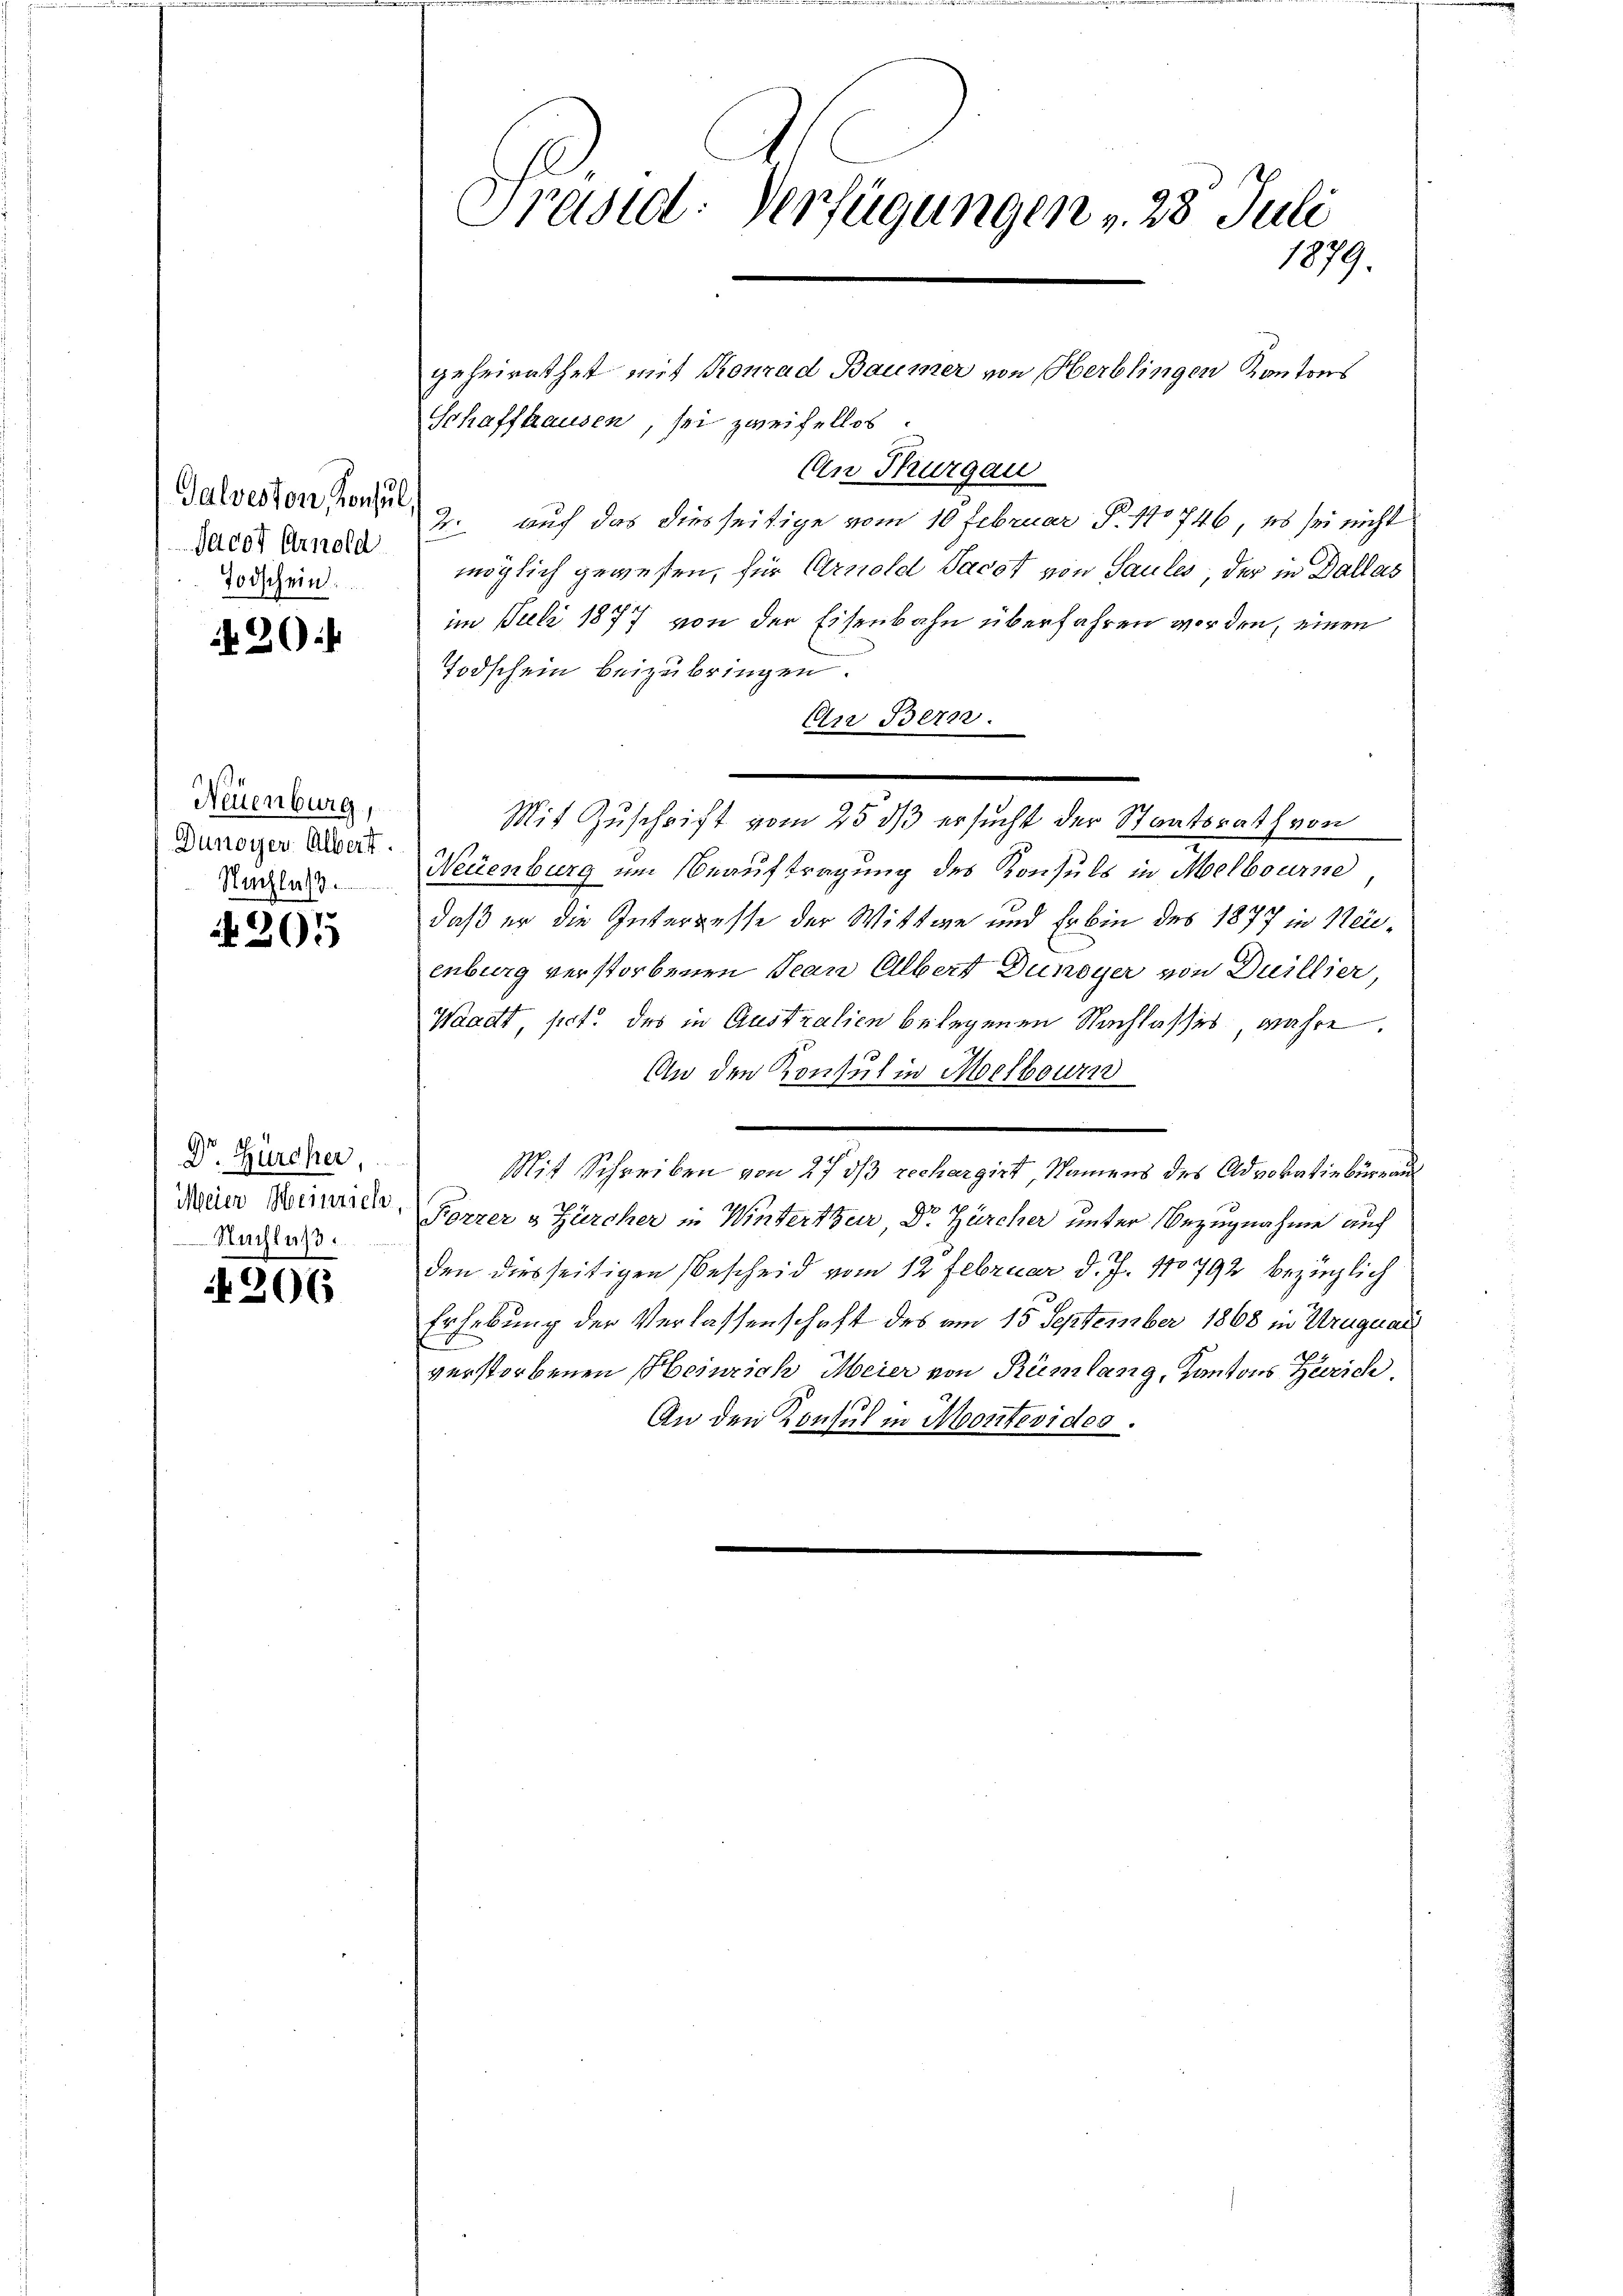
Galveston, Konsul
Jacot Arnold
Todschein.

36

Neuenburg,
Dunoyer Albert.
Nachlaß.

201

Dr. Zürcher,
Meier Meinrich
Nachlaß
e

206

Präsid: Verfügungen v. 28. Juli
1879.

Schaffhausen, sei zweifellos.
An Thurgau
2. auf das diesseitige vom 10 Februar P. 110746, es sei nicht
möglich gewesen, für Arnold Jacot von Saules der in Dallas
im Juli 1877 von der Eisenbahn überfahren worden, einen
Todschein beizubringen.
Arr Bern.
Neuenburg um Beauftragung des Konsuls in Melbourne
daß er die Intergesse der Wittwe und Er bin des 1877 in Neienburg verstorbenen Jean Albert Dunoyer von Duillier
Waadt, sect. des in Australien belegenen Nachlasses wahre.
An den Konsul in Melbourn
Mit Schreiben von 27 dß rechargirt, Namens des Advokatinbürea
Forrer & Zürcher in Winterthur, Dr. Zürcher unter Bezugnahme auf
den diesseitigen Bescheid vom 12 Februar d. J. 1792 bezüglich
Erhebung der Verlassenschaft des am 15. September 1868 in Uruguar
verstorbenen Heinrich Meier von Rümlang, Kantons Zürich
An den Konsul in Montevides.

geheirathet mit Konrad Baumer von Herblingen Kantons

.
Mit Zuschrift vom 25 dß ersucht der Staatsrath von